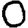
Digit: 0